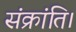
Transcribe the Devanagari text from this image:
संक्रांति।